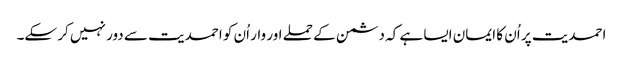
احمدیت پر اُن کا ایمان ایسا ہے کہ دشمن کے حملے اور وار اُن کو احمدیت سے دور نہیں کر سکے۔